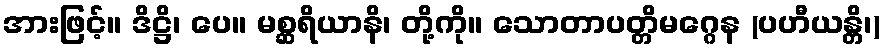
အားဖြင့်။ ဒိဋ္ဌိ၊ ပေ။ မစ္ဆရိယာနိ၊ တို့ကို။ သောတာပတ္တိမဂ္ဂေန (ပဟီယန္တိ၊)